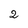
Character: 2